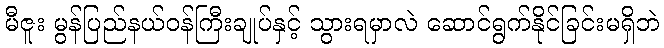
မီဇူး မွန်ပြည်နယ်ဝန်ကြီးချုပ်နှင့် သွားရမှာလဲ ဆောင်ရွက်နိုင်ခြင်းမရှိဘဲ